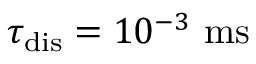
\tau _ { \mathrm { d i s } } = 1 0 ^ { - 3 } ~ \mathrm { m s }